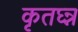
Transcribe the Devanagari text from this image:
कृतघ्न्न